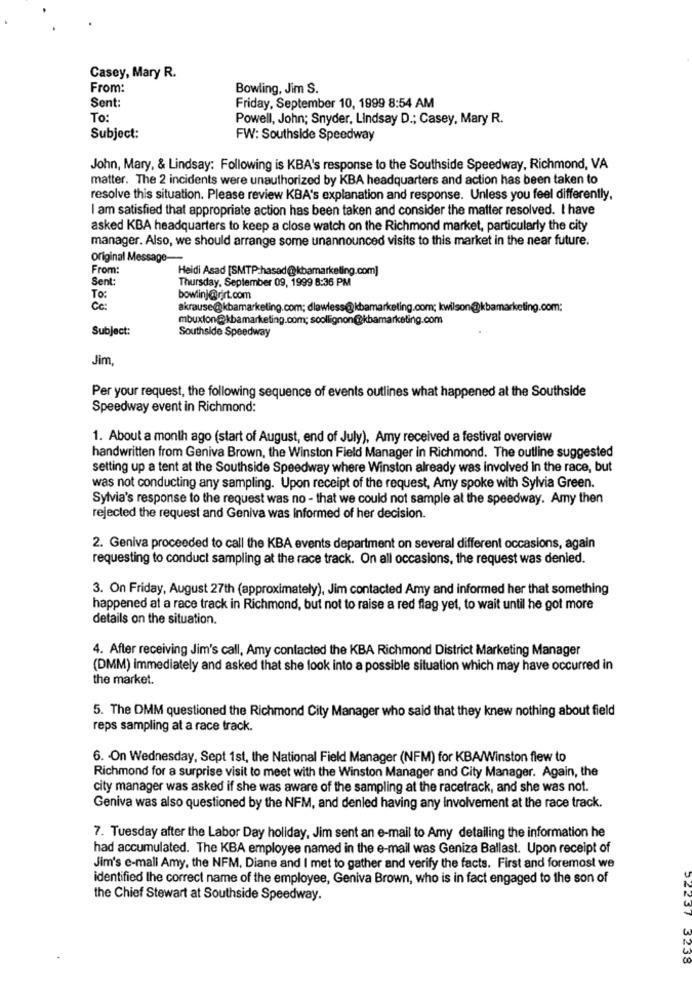
Casey, Mary R.
From:
Bowling, Jim S.
Sent:
Friday, September 10, 1999 8:54 AM
To:
Powell, John; Snyder, Lindsay D .; Casey, Mary R.
Subject:
FW: Southside Speedway
John, Mary, & Lindsay: Following is KBA's response to the Southside Speedway, Richmond, VA
matter. The 2 incidents were unauthorized by KBA headquarters and action has been taken to
resolve this situation. Please review KBA's explanation and response. Unless you feel differently,
I am satisfied that appropriate action has been taken and consider the matter resolved. I have
asked KBA headquarters to keep a close watch on the Richmond market, particularly the city
manager. Also, we should arrange some unannounced visits to this market in the near future.
Original Message-
From:
Heidi Asad [SMTP:hasad@kbamarketing.com]
Sent:
Thursday, September 09, 1999 8:36 PM
To:
bowlinj@rirt.com
Cc :
akrause@kbamarketing.com; dlawless@kbamarketing.com; kwilson@kbamarketing.com:
mbuxton@kbamarketing.com; scollignon@kbamarketing.com
Subject:
Southside Speedway
Jim
Per your request, the following sequence of events outlines what happened at the Southside
Speedway event in Richmond:
1. About a month ago (start of August, end of July), Amy received a festival overview
handwritten from Geniva Brown, the Winston Field Manager in Richmond. The outline suggested
setting up a tent at the Southside Speedway where Winston already was involved in the race, but
was not conducting any sampling. Upon receipt of the request, Amy spoke with Sylvia Green.
Sylvia's response to the request was no - that we could not sample at the speedway. Amy then
rejected the request and Geniva was Informed of her decision.
2. Geniva proceeded to call the KBA events department on several different occasions, again
requesting to conduct sampling at the race track. On all occasions, the request was denied.
3. On Friday, August 27th (approximately), Jim contacted Amy and informed her that something
happened at a race track in Richmond, but not to raise a red flag yet, to wait until he got more
details on the situation.
4. After receiving Jim's call, Amy contacted the KBA Richmond District Marketing Manager
(DMM) immediately and asked that she look into a possible situation which may have occurred in
the market.
5. The DMM questioned the Richmond City Manager who said that they knew nothing about field
reps sampling at a race track.
6. - On Wednesday, Sept 1st, the National Field Manager (NFM) for KBA/Winston flew to
Richmond for a surprise visit to meet with the Winston Manager and City Manager. Again, the
city manager was asked if she was aware of the sampling at the racetrack, and she was not.
Geniva was also questioned by the NFM, and denled having any Involvement at the race track.
7. Tuesday after the Labor Day holiday, Jim sent an e-mail to Amy detailing the information he
had accumulated. The KBA employee named in the e-mail was Geniza Ballast. Upon receipt of
Jim's e-mall Amy, the NFM, Diane and I met to gather and verify the facts. First and foremost we
identified the correct name of the employee, Geniva Brown, who is in fact engaged to the son of
the Chief Stewart at Southside Speedway.
3238